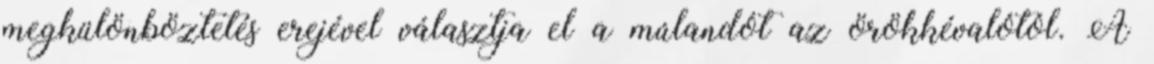
megkülönböztetés erejével választja el a múlandót az örökkévalótól. A